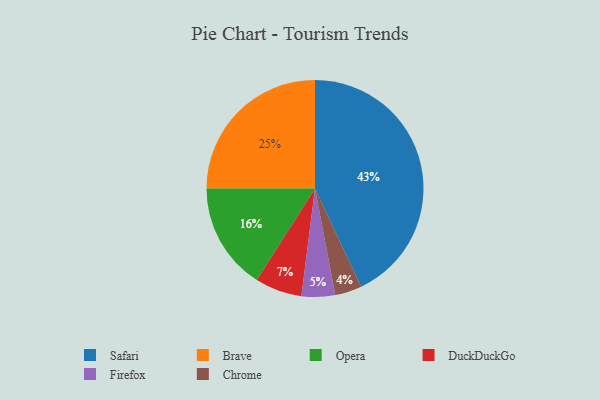
{"axis": {"x": "Category", "y": "Percentage"}, "legend": ["Brave", "Chrome", "DuckDuckGo", "Firefox", "Opera", "Safari"], "data": [{"x": "Safari", "y": 43, "type": "Safari"}, {"x": "Brave", "y": 25, "type": "Brave"}, {"x": "Firefox", "y": 5, "type": "Firefox"}, {"x": "Chrome", "y": 4, "type": "Chrome"}, {"x": "DuckDuckGo", "y": 7, "type": "DuckDuckGo"}, {"x": "Opera", "y": 16, "type": "Opera"}]}